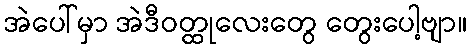
အဲပေါ်မှာ အဲဒီဝတ္ထုလေးတွေ တွေးပေါ့ဗျာ။